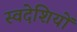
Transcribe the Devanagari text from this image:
स्वदेशियों